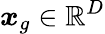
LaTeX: \boldsymbol{x}_{g}\in\mathbb{R}^{D}